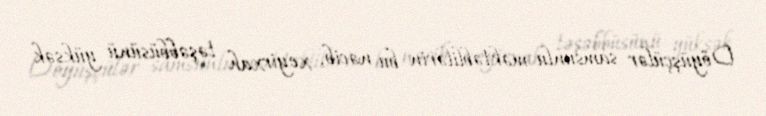
Döyüşçülər samsunlu məktəblilərin bu nəcib, xeyirxah təşəbbüsünü yüksək